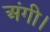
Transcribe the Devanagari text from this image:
अंगी।